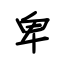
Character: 卑